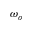
\omega _ { o }